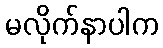
မလိုက်နာပါက